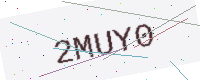
Text: 2MUY0